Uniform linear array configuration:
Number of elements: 12
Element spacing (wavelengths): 0.25
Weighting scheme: exponential
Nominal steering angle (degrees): -45
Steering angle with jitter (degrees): -45.091
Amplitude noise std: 0.05
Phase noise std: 0.05

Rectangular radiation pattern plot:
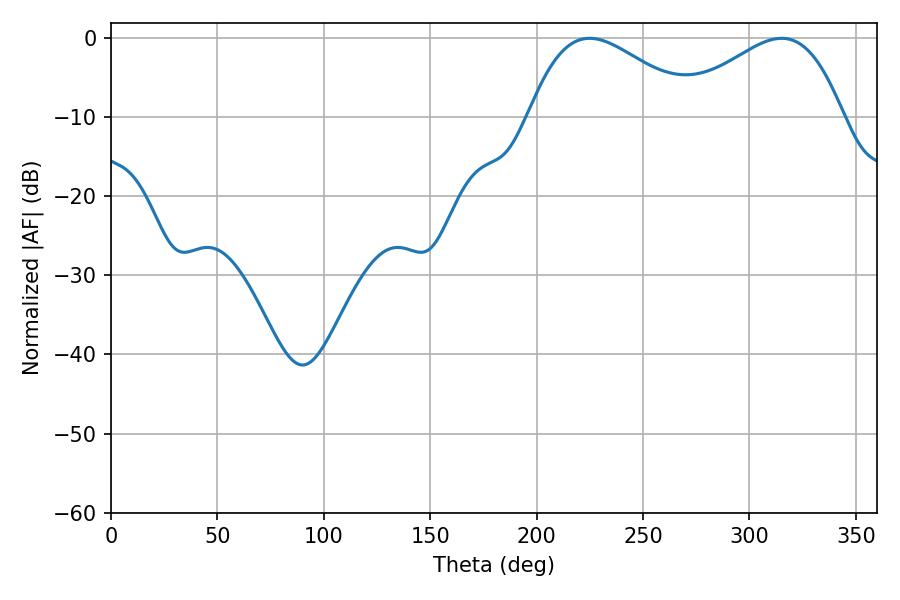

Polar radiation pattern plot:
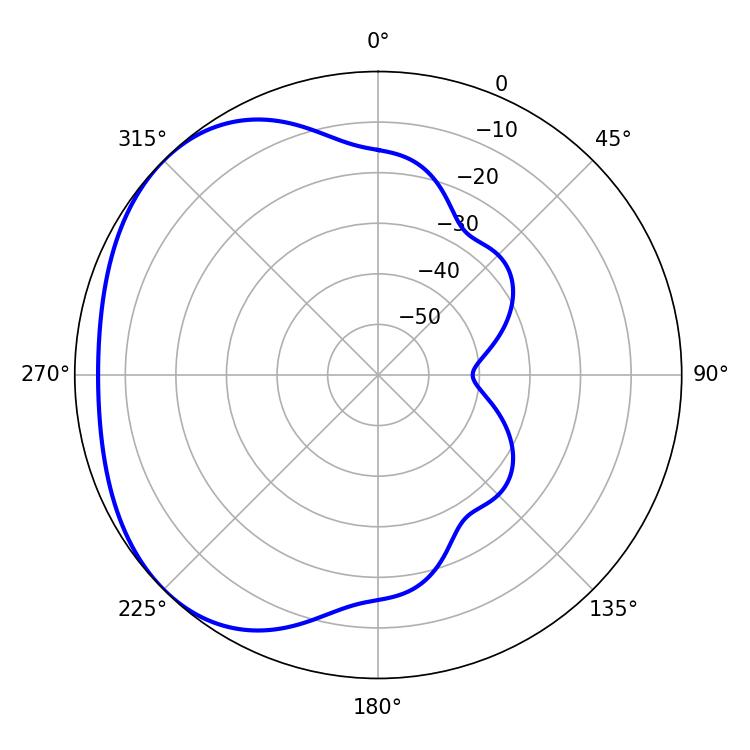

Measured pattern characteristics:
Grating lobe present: FALSE
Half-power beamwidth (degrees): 42.3
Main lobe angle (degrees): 224.82